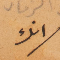
انك